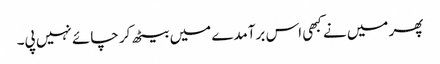
پھر میں نے کبھی اس برآمدے میں بیٹھ کر چائے نہیں پی۔